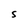
Character: S